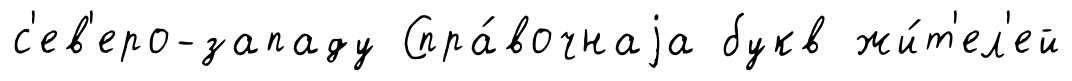
с'ев'еро-западу Спра́вочнаjа букв жи́т'ел'ей